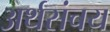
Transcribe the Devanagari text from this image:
अर्थसंचय